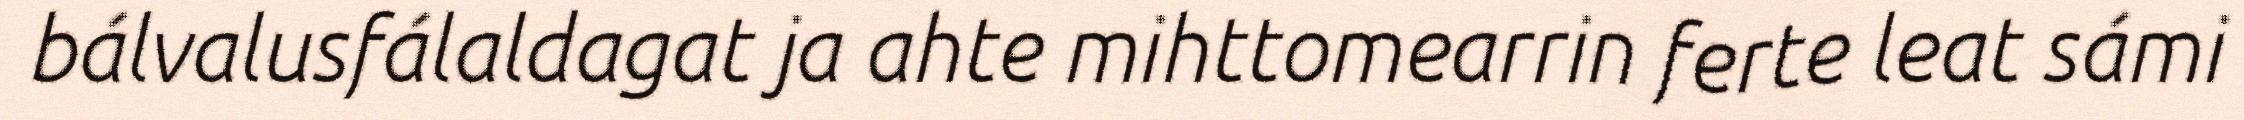
bálvalusfálaldagat ja ahte mihttomearrin ferte leat sámi